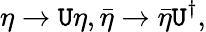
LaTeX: \eta\rightarrow\mathtt{U}\eta,\bar{{\eta}}\rightarrow\bar{{\eta}}\mathtt{U}^{\dagger},